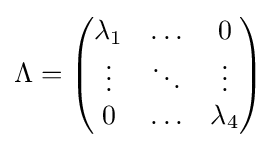
\Lambda ={\begin{pmatrix}\lambda _{1}&\ldots &0\\\vdots &\ddots &\vdots \\0&\ldots &\lambda _{4}\end{pmatrix}}